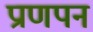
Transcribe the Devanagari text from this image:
प्राणपन